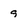
Character: 9